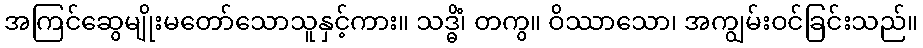
အကြင်ဆွေမျိုးမတော်သောသူနှင့်ကား။ သဒ္ဓိံ၊ တကွ။ ဝိဿာသော၊ အကျွမ်းဝင်ခြင်းသည်။